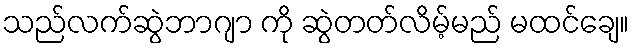
သည်လက်ဆွဲဘာဂျာ ကို ဆွဲတတ်လိမ့်မည် မထင်ချေ။